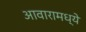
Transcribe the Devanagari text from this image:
आवारामध्ये